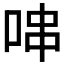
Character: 𠳡